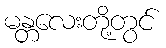
မန္တလေးတို့တွင်